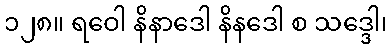
၁၂၈။ ရဝေါ နိနာဒေါ နိနဒေါ စ သဒ္ဒေါ၊